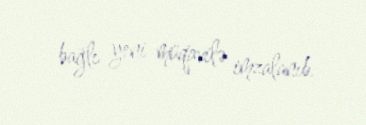
bağlı yeni müqavilə imzalanıb.